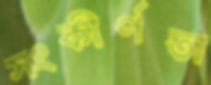
সংকীর্ণতা